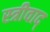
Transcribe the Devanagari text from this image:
स्त्रीवाद्